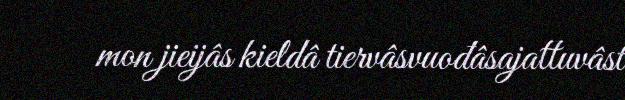
mon jieijâs kieldâ tiervâsvuođâsajattuvâst